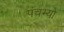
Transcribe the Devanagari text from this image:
पंचभ्यो